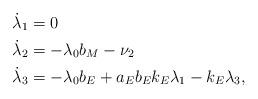
LaTeX: \begin{align*} \dot \lambda_1 &= 0 \\ \dot \lambda_2 &= - \lambda_0 b_M - \nu_2 \\ \dot \lambda_3 &= - \lambda_0 b_E + a_E b_E k_E \lambda_1 - k_E \lambda_3,\end{align*}